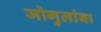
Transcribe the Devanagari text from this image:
जोगुलांबा